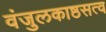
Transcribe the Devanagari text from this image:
वंजुलकाष्ठसत्व